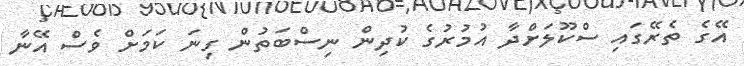
އޭގެ ތެރޭގައި ސްކޫލަށްދާ އުމުރުގެ ކުދިން ނިސްބަތުން ގިނަ ކަމަށް ވެސް އޭނާ